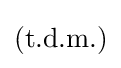
{\text{(t.d.m.)}}